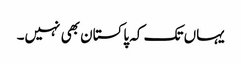
یہاں تک کہ پاکستان بھی نہیں۔